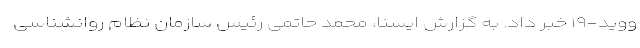
ووید-۱۹ خبر داد. به گزارش ایسنا، محمد حاتمی رئیس سازمان نظام روانشناسی